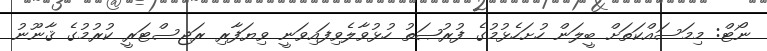
ނޯޓް: މިމަސައްކަތަށް ބީލަން ހުށަހެޅުމުގެ ފުރުޞަތު ހުޅުވާލެވިފައިވަނީ ވިޔަފާރި ރަޖިސްޓަރީ ކުރުމުގެ ޤާނޫނު